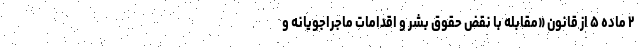
۲ ماده ۵ از قانون «مقابله با نقض حقوق بشر و اقدامات ماجراجویانه و